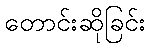
တောင်းဆိုခြင်း